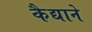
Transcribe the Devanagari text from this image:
कैद्याने